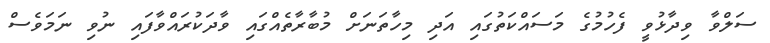
ސަލްވާ ވިދާޅުވީ ފެހުމުގެ މަސައްކަތުގައި އަދި މިހާތަނަށް މުބާރާތެއްގައި ވާދަކުރައްވާފައި ނުވި ނަމަވެސް